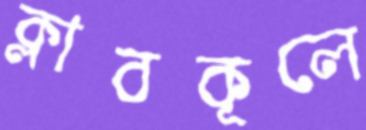
ক্লাবকূলে